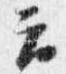
云